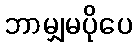
ဘာမျှမပိုပေ